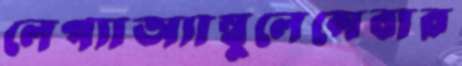
লেপ্যাঅ্যাম্বুলেন্সেবার